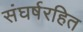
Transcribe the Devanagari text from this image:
संघर्षरहित